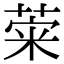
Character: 𦴕